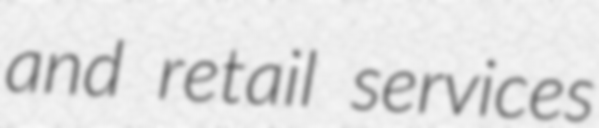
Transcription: and retail services